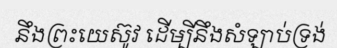
នឹងព្រះយេស៊ូវ ដើម្បីនឹងសំឡាប់ទ្រង់